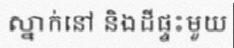
ស្នាក់នៅ និងដីផ្ទះមួយ